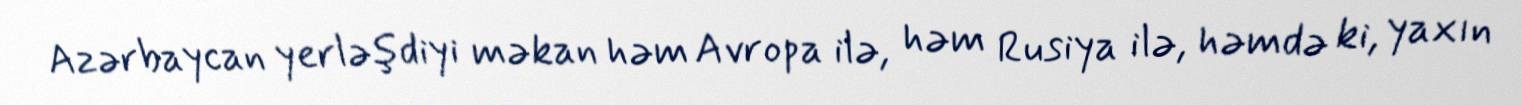
Azərbaycan yerləşdiyi məkan həm Avropa ilə, həm Rusiya ilə, həmdə ki, yaxın